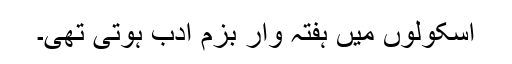
اسکولوں میں ہفتہ وار بزمِ ادب ہوتی تھی۔